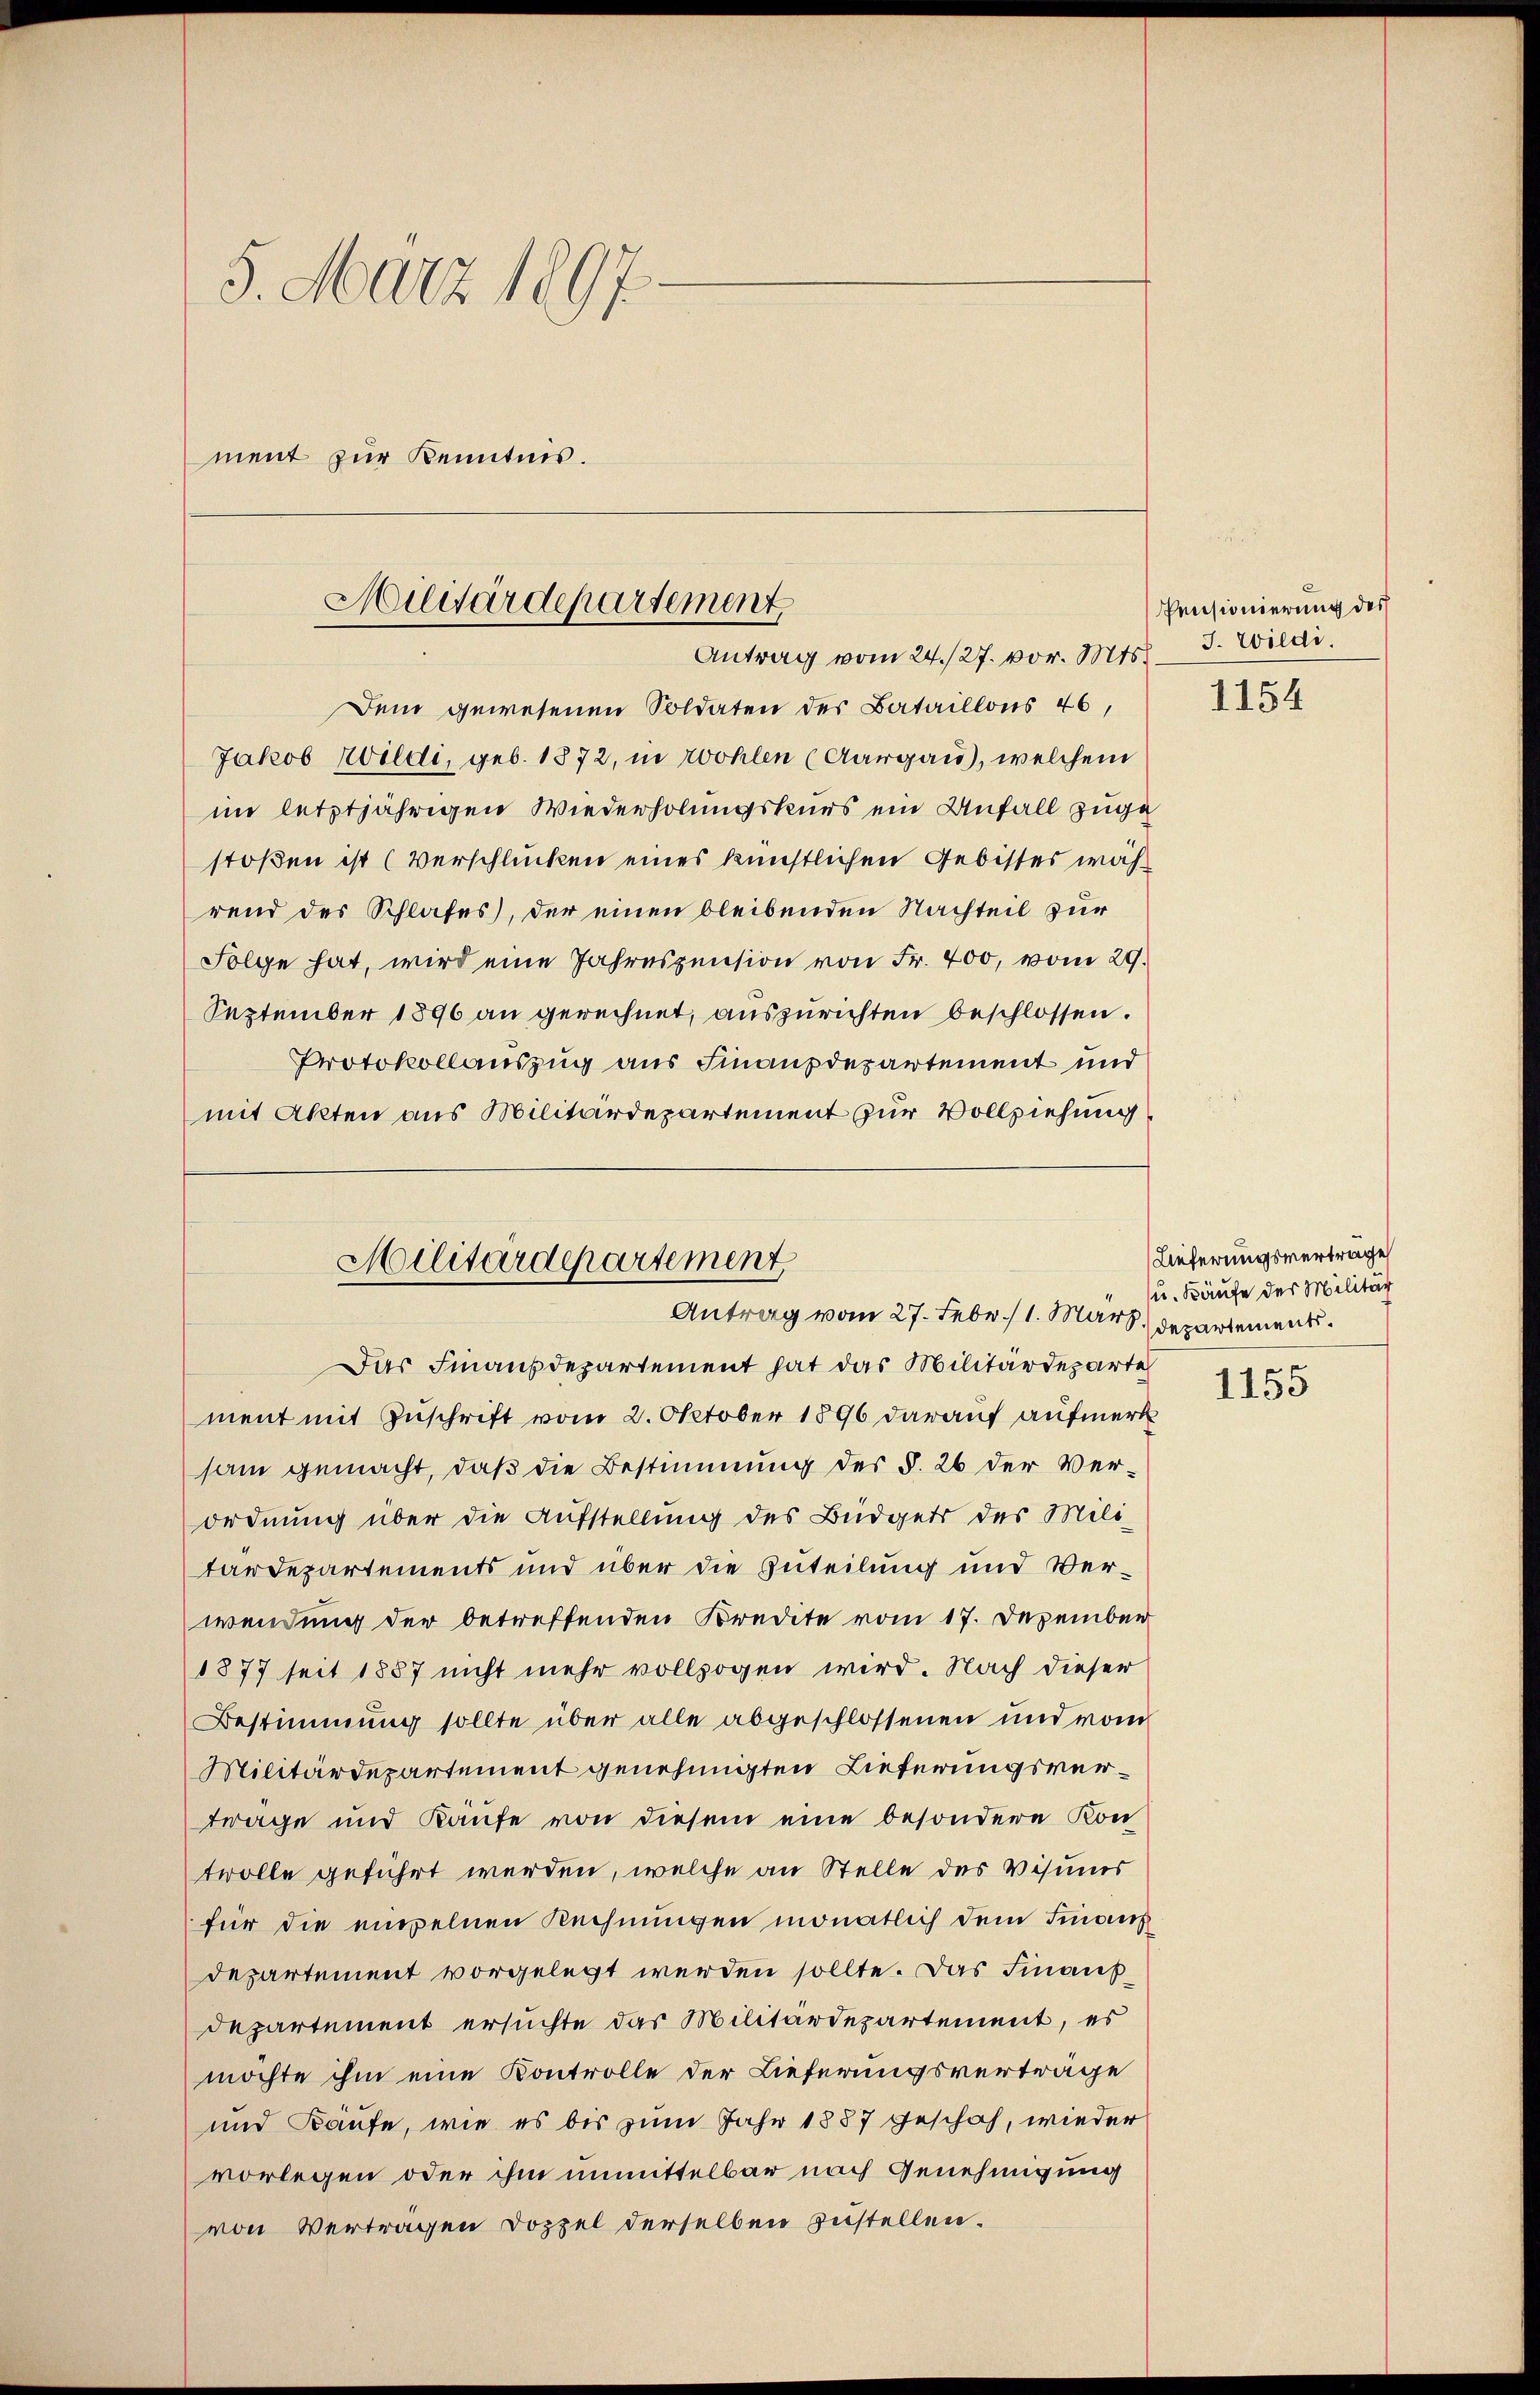
5. März 1897
ment zur Kenntnis.

Militärdepartement
Antrag vom 24./27. vor. Mts.

Dem gewesenen Soldaten des Bataillons 46,
Jakob Wildi, geb. 1872, in Wohlen (Aargau), welchem
im letztjährigen Wiederholungskurs ein Unfall zugestoßen ist (Verschlücken eines künstlichen Gebisses während der Schlafes), der einen bleibenden Nachteil zur
Folge hat, wird eine Jahreszension von Fr. 400, vom 29.
September 1896 an gerechnet, auszurichten beschlossen.
Protokollauszug aus Finanzdepartement und
mit Akten aus Militärdepartement zur Vollziehung

Militärdepartement
Antrag vom 27. Febr. / 1. Mart. Departement.

Das Finanzdepartement hat das Militärdeparte
ment mit Zuschrift vom 2. Oktober 1896 darauf aufmerk
sam gemacht, daß die Bestimmung des §. 26 der Verordnung über die Aufstellung des Büdgets des Mili-
tardepartements und über die Zuteilung und Verwendung der betreffenden Kredite vom 17. Dezember
1877 seit 1887 nicht mehr vollzogen wird. Nach dieser
Bestimmung sollte über alle abgeschlossenen und vom
Militärdepartement genehmigten Lieferungsvertrage und Kaufe von diesem eine besondere Kon-
twolle geführt werden, welche an Stelle des Visums
für die einzelnen Rechnungen monatlich dem Finanz
Departement vorgelegt werden sollte. Das Finanzdepartement ersuchte das Militärdepartement, es
möchte ihm eine Kontrolle der Lieferungsverträge
und Käufe, wie es bis zum Jahr 1887 geschah, wieder
vorlegen oder ihm unmittelbar nach Genehmigung
von Vertragen Doppel derselben zustellen.

Pensionierung des
J. Wildi.

1154

Lieferungsverträge
u. Käufe der Militär

1155